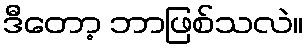
ဒီတော့ ဘာဖြစ်သလဲ။